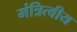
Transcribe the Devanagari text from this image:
मंत्रित्वीय